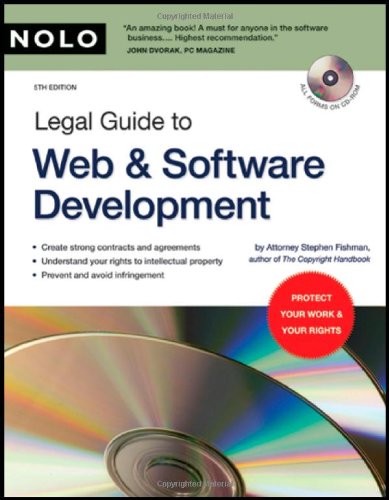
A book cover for Legal Guide to Web & Software Development (book with CD-Rom); Computers & Technology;